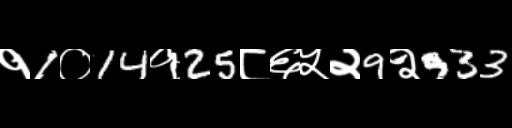
Text: १1०14१25८६५२9२933